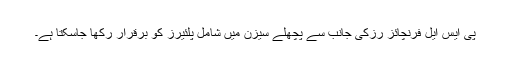
پی ایس ایل فرنچائز رزکی جانب سے پچھلے سیزن میں شامل پلئیرز کو برقرار رکھا جاسکتا ہے۔